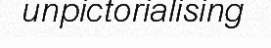
unpictorialising